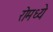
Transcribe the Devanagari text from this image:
रोमध्ये